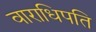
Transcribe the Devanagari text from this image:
वाराधिपति